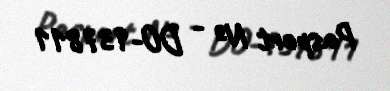
Pasport № - DO-937811